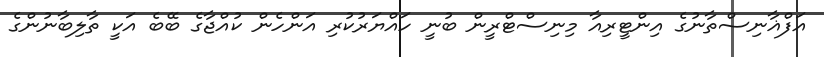
އަފްޣާނިސްތާނުގެ އިންޓީރިއާ މިނިސްޓްރީން ބުނީ ހައްޔަރުކުރި އަންހެން ކުއްޖާގެ ބޭބެ އަކީ ތާލިބާނުންގެ